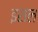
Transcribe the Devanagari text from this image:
इराल